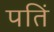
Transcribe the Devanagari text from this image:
पतिं